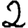
Digit: 2